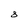
Character: 8